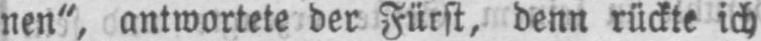
nen“, antwortete der Fürst, denn rückte ich